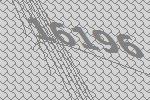
16196